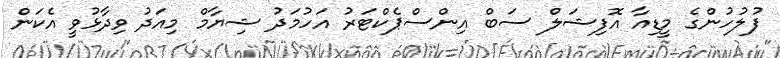
ފުލުހުންގެ މީޑިއާ އޮފިޝަލް ސަބް އިންސްޕެކްޓަރު އަހުމަދު ޝިޔާމް މިއަދު ވިދާޅުވީ އެކަން